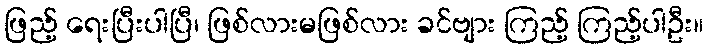
ဖြည့် ရေးပြီးပါပြီ၊ ဖြစ်လားမဖြစ်လား ခင်ဗျား ကြည့် ကြည့်ပါဦး။